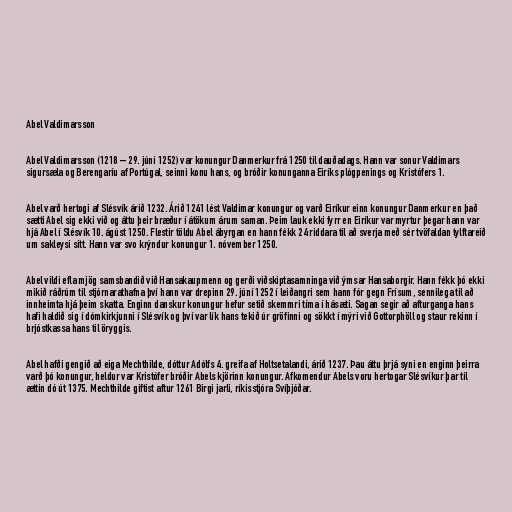
Abel Valdimarsson

Abel Valdimarsson (1218 – 29. júní 1252) var konungur Danmerkur frá 1250 til dauðadags. Hann var sonur Valdimars
sigursæla og Berengaríu af Portúgal, seinni konu hans, og bróðir konunganna Eiríks plógpenings og Kristófers 1.

Abel varð hertogi af Slésvík árið 1232. Árið 1241 lést Valdimar konungur og varð Eiríkur einn konungur Danmerkur en það
sætti Abel sig ekki við og áttu þeir bræður í átökum árum saman. Þeim lauk ekki fyrr en Eiríkur var myrtur þegar hann var
hjá Abel í Slésvík 10. ágúst 1250. Flestir töldu Abel ábyrgan en hann fékk 24 riddara til að sverja með sér tvöfaldan tylftareið
um sakleysi sitt. Hann var svo krýndur konungur 1. nóvember 1250.

Abel vildi efla mjög samsbandið við Hansakaupmenn og gerði viðskiptasamninga við ýmsar Hansaborgir. Hann fékk þó ekki
mikið ráðrúm til stjórnarathafna því hann var drepinn 29. júní 1252 í leiðangri sem hann fór gegn Frísum, sennilega til að
innheimta hjá þeim skatta. Enginn danskur konungur hefur setið skemmri tíma í hásæti. Sagan segir að afturganga hans
hafi haldið sig í dómkirkjunni í Slésvík og því var lík hans tekið úr gröfinni og sökkt í mýri við Gottorphöll og staur rekinn í
brjóstkassa hans til öryggis.

Abel hafði gengið að eiga Mechthilde, dóttur Adólfs 4. greifa af Holtsetalandi, árið 1237. Þau áttu þrjá syni en enginn þeirra
varð þó konungur, heldur var Kristófer bróðir Abels kjörinn konungur. Afkomendur Abels voru hertogar Slésvíkur þar til
ættin dó út 1375. Mechthilde giftist aftur 1261 Birgi jarli, ríkisstjóra Svíþjóðar.